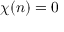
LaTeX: \chi ( n ) = 0